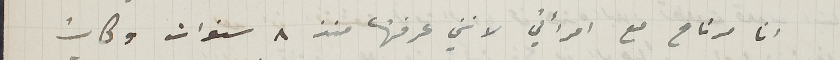
انا مرتاح مع امرأتي لانني عرفتها من ٨ سنوات وكانت